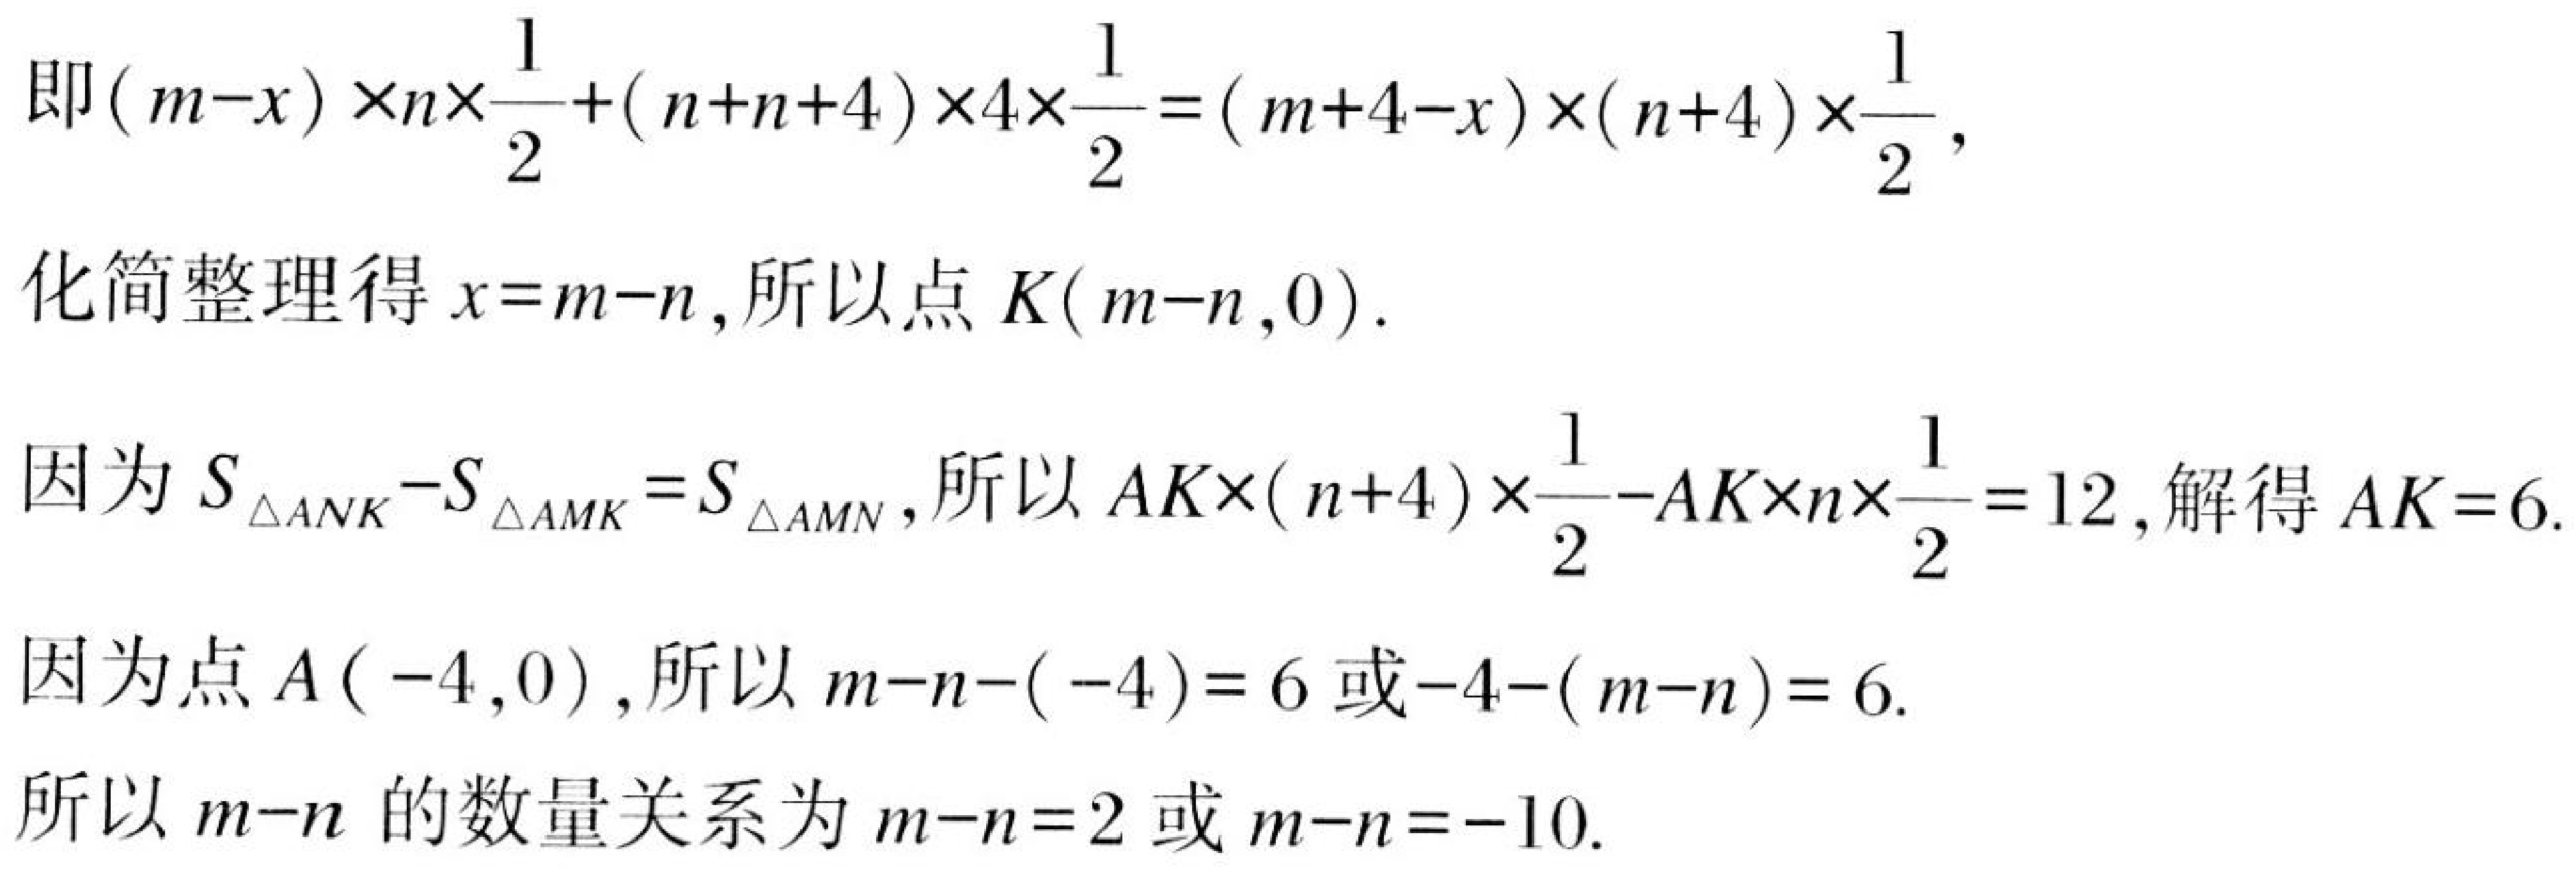
即\((m - x)\times n\times\frac{1}{2}+(n + n + 4)\times4\times\frac{1}{2}=(m + 4 - x)\times(n + 4)\times\frac{1}{2}\),
化简整理得\(x = m - n\),所以点\(K(m - n,0)\).
因为\(S_{\triangle ANK}-S_{\triangle AMK}=S_{\triangle AMN}\),所以\(AK\times(n + 4)\times\frac{1}{2}-AK\times n\times\frac{1}{2}=12\),解得\(AK = 6\).
因为点\(A(-4,0)\),所以\(m - n-(-4)=6\)或\(-4-(m - n)=6\).
所以\(m - n\)的数量关系为\(m - n = 2\)或\(m - n=-10\).